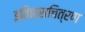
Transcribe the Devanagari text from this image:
इतिहासचित्रण